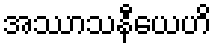
အဿာသနီယေဟိ